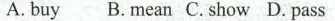
A.buy B.mean C.show D.pass